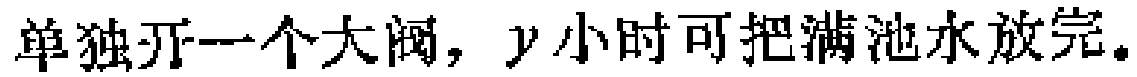
单独开一个大阀，\(y\)小时可把满池水放完。